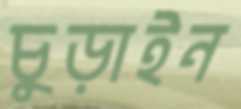
চুড়াইন